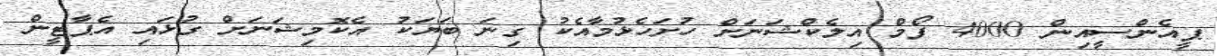
ޕީއެންސީއިން 4000 ފޯމް އިލެކްޝަނަށް ހުށަހެޅުމާއެކު ގިނަ ބަޔަކު އެކޮމިޝަނަށް ގުޅައި އެޕާޓީން